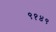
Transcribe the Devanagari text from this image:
९१४९